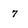
Character: 7